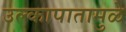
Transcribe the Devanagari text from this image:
उल्कापातामुळे